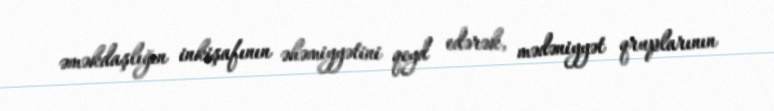
əməkdaşlığın inkişafının əhəmiyyətini qeyd edərək, mədəniyyət qruplarının